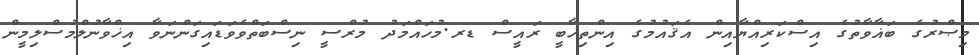
މިޞްރުގެ ބަޣާވާތުގެ އިސްކަރިއްޔާއިން އެޤައުމުގެ އިންތިޚާބީ ރައީސް ޑރ.މުހައްމަދު މުރްސީ ނިސްބަތްވެވަޑައިގަންނަވާ އިޚްވާނުލްމުސްލިމީން